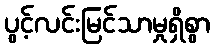
ပွင့်လင်းမြင်သာမှုရှိစွာ